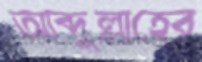
আব্দুল্লাহের